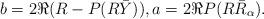
LaTeX: \begin{align*}b = 2 \Re ( R - P(R \bar Y)), a = 2 \Re P(R \bar R_\alpha).\end{align*}